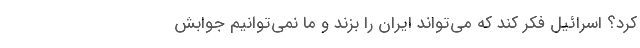
کرد؟ اسرائیل فکر کند که می‌تواند ایران را بزند و ما نمی‌توانیم جوابش